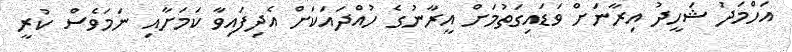
އަހްމަދު ޝަހީދު އިރާނަށް ވަޑައިގަތުމަށް އީރާނުގެ ހުއްދައަކަށް އެދިފައިވާ ކަމަށާއި ނަމަވެސް ކުރީ